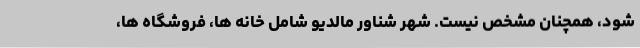
شود، همچنان مشخص نیست. شهر شناور مالدیو شامل خانه ها، فروشگاه ها،